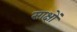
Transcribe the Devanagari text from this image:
साक्षों